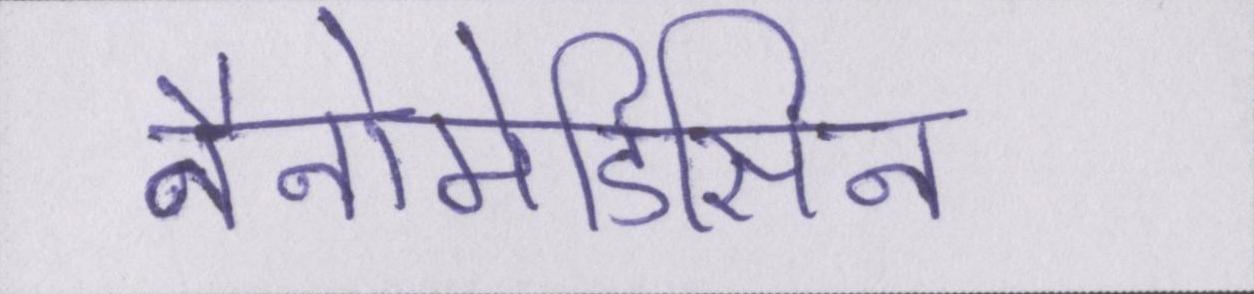
नैनोमेडिसिन